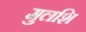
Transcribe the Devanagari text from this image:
मुलशि